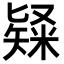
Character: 𥻊